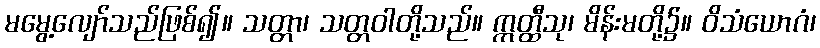
မမွေ့လျော်သည်ဖြစ်၍။ သတ္တာ၊ သတ္တဝါတို့သည်။ ဣတ္ထီသု၊ မိန်းမတို့၌။ ဝိသံယောဂံ၊